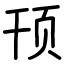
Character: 顸